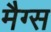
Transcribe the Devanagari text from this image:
मैग्स